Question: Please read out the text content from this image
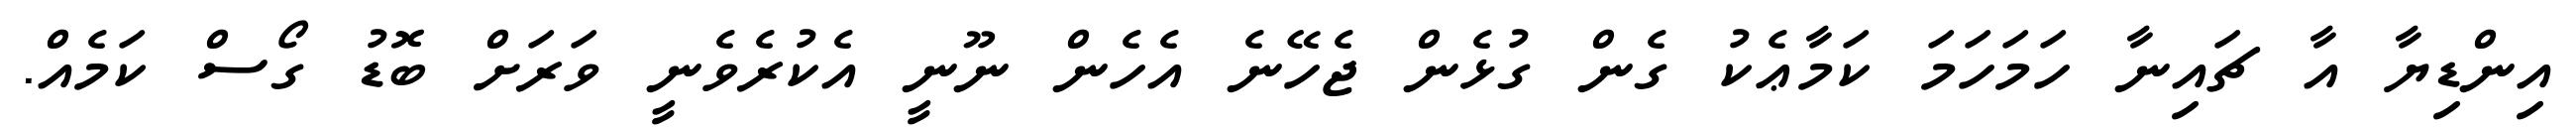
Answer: އިންޑިޔާ އާ ޗައިނާ ހަމަހަމަ ކަމާޢެކު ގެން ގުޅެން ޖެހޭނެ އެހެން ނޫނީ އެކުރެވެނީ ވަރަށް ބޮޑު ގޯސް ކަމެއް.